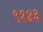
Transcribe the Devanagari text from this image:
९१४३